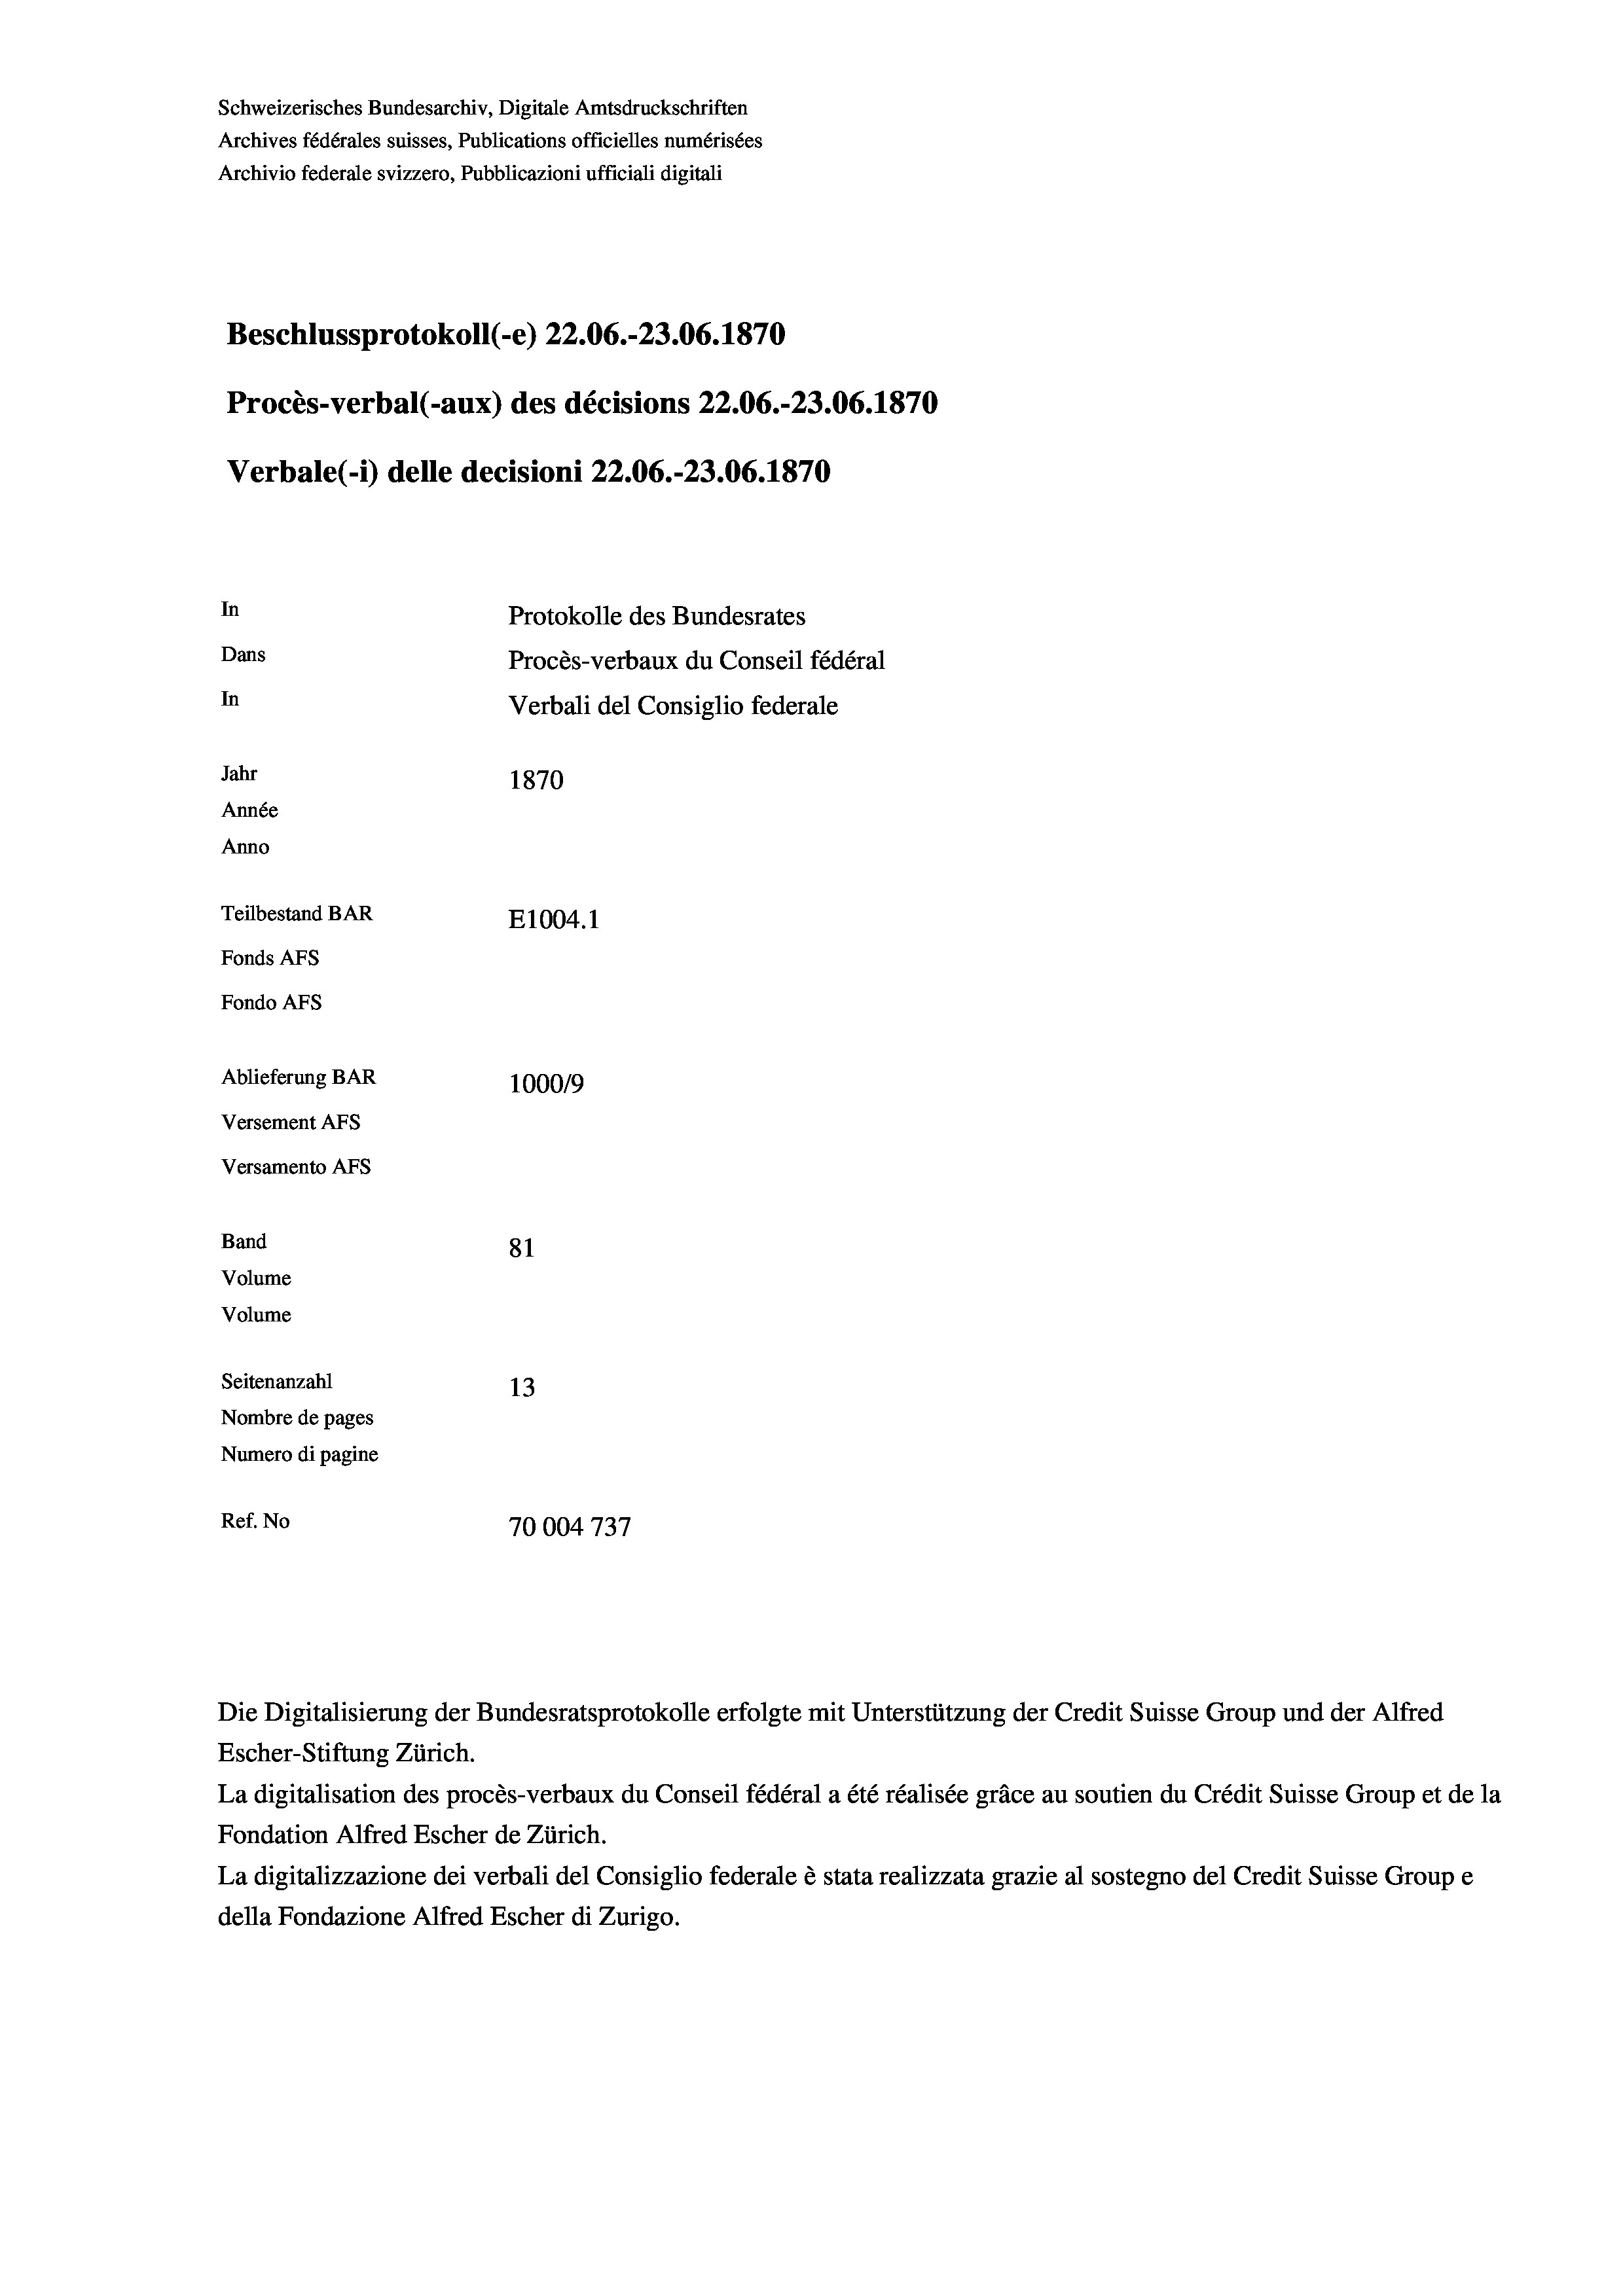
Schweizerisches Bundesarchiv, Digitale Amtsdruckschriften
Archives fédérales suisses, Publications officielles numérisées
Archivio federale svizzero, Pubblicazioni ufficiali digitali
Beschlussprotokoll (-e) 22.06.-23.06. 1870
Procès-verbal (-aux) des décisions 22.06.-23.06. 1870
Verbale (i) delle decisioni 22.06.-23.06. 1870
In
Protokolle des Bundesrates
Dans
Procès-verbaux du Conseil fédéral
In
Verbali del Consiglio federale
Jahr
1870
Année
Anno
Teilbestand BAR
E1004. 1
Fonds AFs
Fondo AFS
Ablieferung BAR
100019
Versement AFs
Versamento AFs

81
Seitenanzahl
13
Nombre de pages
Numero di pagine
Ref. No
70004 737

Band
Volume
Volume

Escher-Stiftung Zürich.
La digitalisation des procès-verbaux du Conseil fédéral a été réalisée gräce au soutien du Crédit Suisse Group et de la
Fondation Alfred Escher de Zürich.
La digitalizzazione dei verbali del Consiglio federale è stata realizzata grazie al sostegno del Credit Suisse Groupe
della Fondazione Alfred Escher di Zurigo.

Die Digitalisierung der Bundesratsprotokolle erfolgte mit Unterstützung der Credit Suisse Group und der Alfred